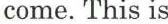
come. This is